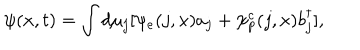
\psi ( x , t ) = \int d \mu _ { j } [ \psi _ { e } ( j , x ) a _ { j } + \psi _ { p } ^ { c } ( j , x ) b _ { j } ^ { \dagger } ] ,